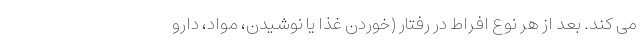
می کند. بعد از هر نوع افراط در رفتار (خوردن غذا یا نوشیدن، مواد، دارو